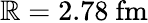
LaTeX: \mathbb{R}=2.78\ \mathrm{{fm}}